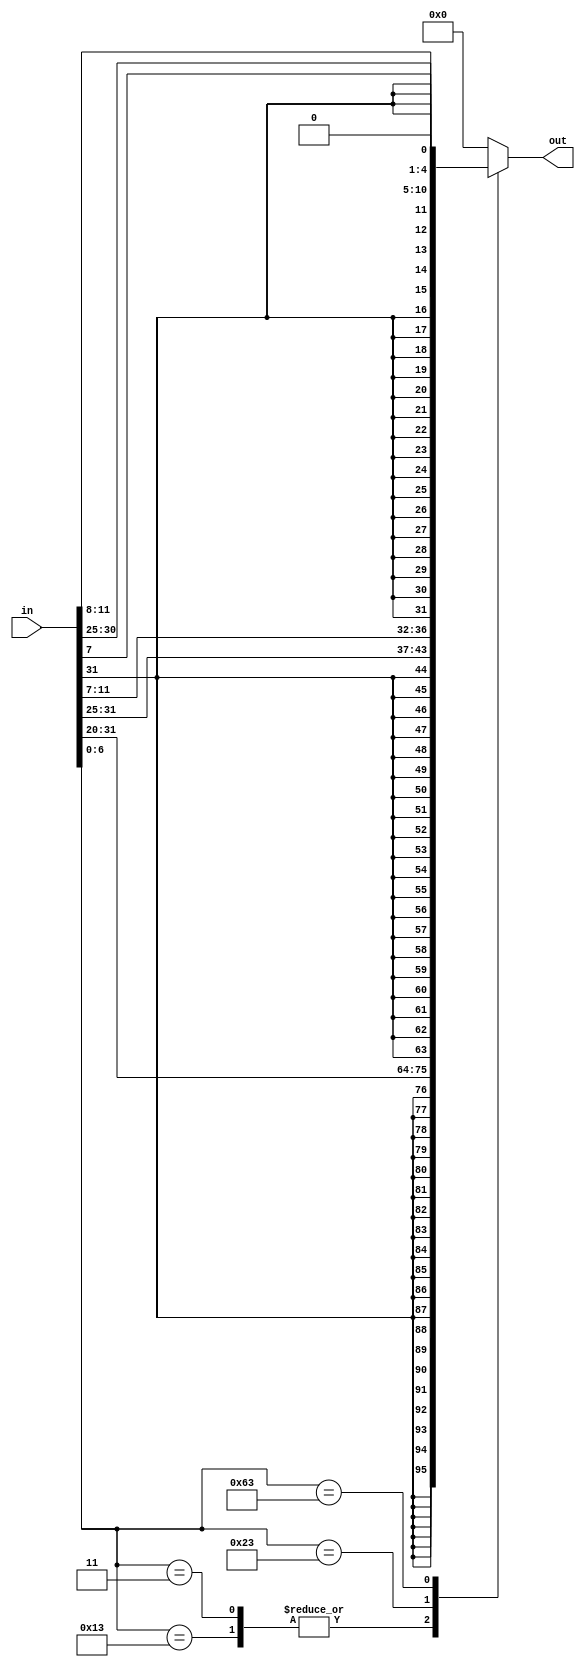
`timescale 1ns / 1ps
//////////////////////////////////////////////////////////////////////////////////
// Company: 
// Engineer: 
// 
// Design Name: 
// Module Name: imm_gen
// Project Name: 
// Target Devices: 
// Tool Versions: 
// Description: 
// 
// Dependencies: 
// 
// Revision:
// Revision 0.01 - File Created
// Additional Comments:
// 
//////////////////////////////////////////////////////////////////////////////////


module imm_gen(
    input [31:0] in,
    output reg [31:0] out
    );
    
    always @(in)
    begin
        case (in[6:0])
            7'b0000011, 7'b0010011: //tipul I
                out <= {{21{in[31]}}, in[30:20]};
            7'b0100011: //tipul S
                out <= {{21{in[31]}}, in[30:25], in[11:7]};
            7'b1100011: //tipul B
                out <= {{20{in[31]}}, in[7], in[30:25], in[11:8], 1'b0};
            default:
                out <= 32'b0;
        endcase    
    end
endmodule